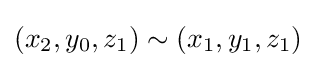
(x_{2},y_{0},z_{1})\sim (x_{1},y_{1},z_{1})